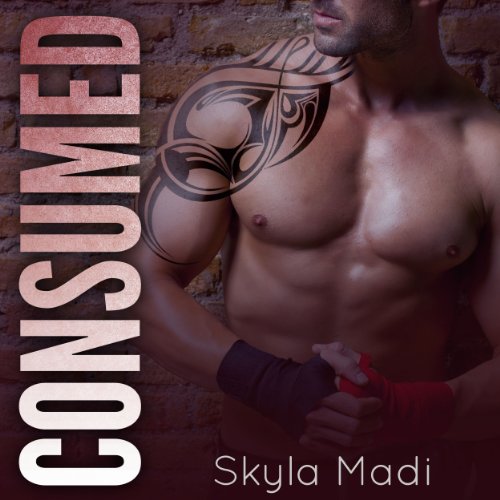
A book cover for Consumed; Skyla Madi; Romance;